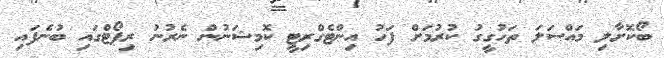
ބޯކޮށާލި މައްސަލަ ތަހުގީގު ކުރުމަށް ފަހު އިންޓެގްރިޓީ ކޮމިޝަނުން ނެރުނު ރިޕޯޓްގައި ބުނެފައި